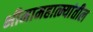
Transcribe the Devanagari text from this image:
भीमामहात्म्यांतील